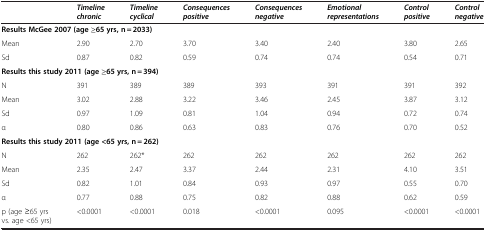
<table><thead><tr><td><b> </b></td><td><b><i>Timeline chronic</i></b></td><td><b><i>Timeline cyclical</i></b></td><td><b><i>Consequences positive</i></b></td><td><b><i>Consequences negative</i></b></td><td><b><i>Emotional representations</i></b></td><td><b><i>Control positive</i></b></td><td><b><i>Control negative</i></b></td></tr></thead><tbody><tr><td colspan="8"><b>Results McGee 2007 (age ≥65 yrs, n = 2033)</b></td></tr><tr><td>Mean</td><td>2.90</td><td>2.70</td><td>3.70</td><td>3.40</td><td>2.40</td><td>3.80</td><td>2.65</td></tr><tr><td>Sd</td><td>0.87</td><td>0.82</td><td>0.59</td><td>0.74</td><td>0.74</td><td>0.54</td><td>0.71</td></tr><tr><td colspan="8"><b>Results this study 2011 (age ≥65 yrs, n = 394)</b></td></tr><tr><td>N</td><td>391</td><td>389</td><td>389</td><td>393</td><td>391</td><td>391</td><td>392</td></tr><tr><td>Mean</td><td>3.02</td><td>2.88</td><td>3.22</td><td>3.46</td><td>2.45</td><td>3.87</td><td>3.12</td></tr><tr><td>Sd</td><td>0.97</td><td>1.09</td><td>0.81</td><td>1.04</td><td>0.94</td><td>0.72</td><td>0.74</td></tr><tr><td>α</td><td>0.80</td><td>0.86</td><td>0.63</td><td>0.83</td><td>0.76</td><td>0.70</td><td>0.52</td></tr><tr><td colspan="8"><b>Results this study 2011 (age &lt;65 yrs, n = 262)</b></td></tr><tr><td>N</td><td>262</td><td>262*</td><td>262</td><td>262</td><td>262</td><td>262</td><td>262</td></tr><tr><td>Mean</td><td>2.35</td><td>2.47</td><td>3.37</td><td>2.44</td><td>2.31</td><td>4.10</td><td>3.51</td></tr><tr><td>Sd</td><td>0.82</td><td>1.01</td><td>0.84</td><td>0.93</td><td>0.97</td><td>0.55</td><td>0.70</td></tr><tr><td>α</td><td>0.77</td><td>0.88</td><td>0.75</td><td>0.82</td><td>0.88</td><td>0.62</td><td>0.59</td></tr><tr><td>p (age ≥65 yrs vs. age &lt;65 yrs)</td><td>&lt;0.0001</td><td>&lt;0.0001</td><td>0.018</td><td>&lt;0.0001</td><td>0.095</td><td>&lt;0.0001</td><td>&lt;0.0001</td></tr></tbody></table>